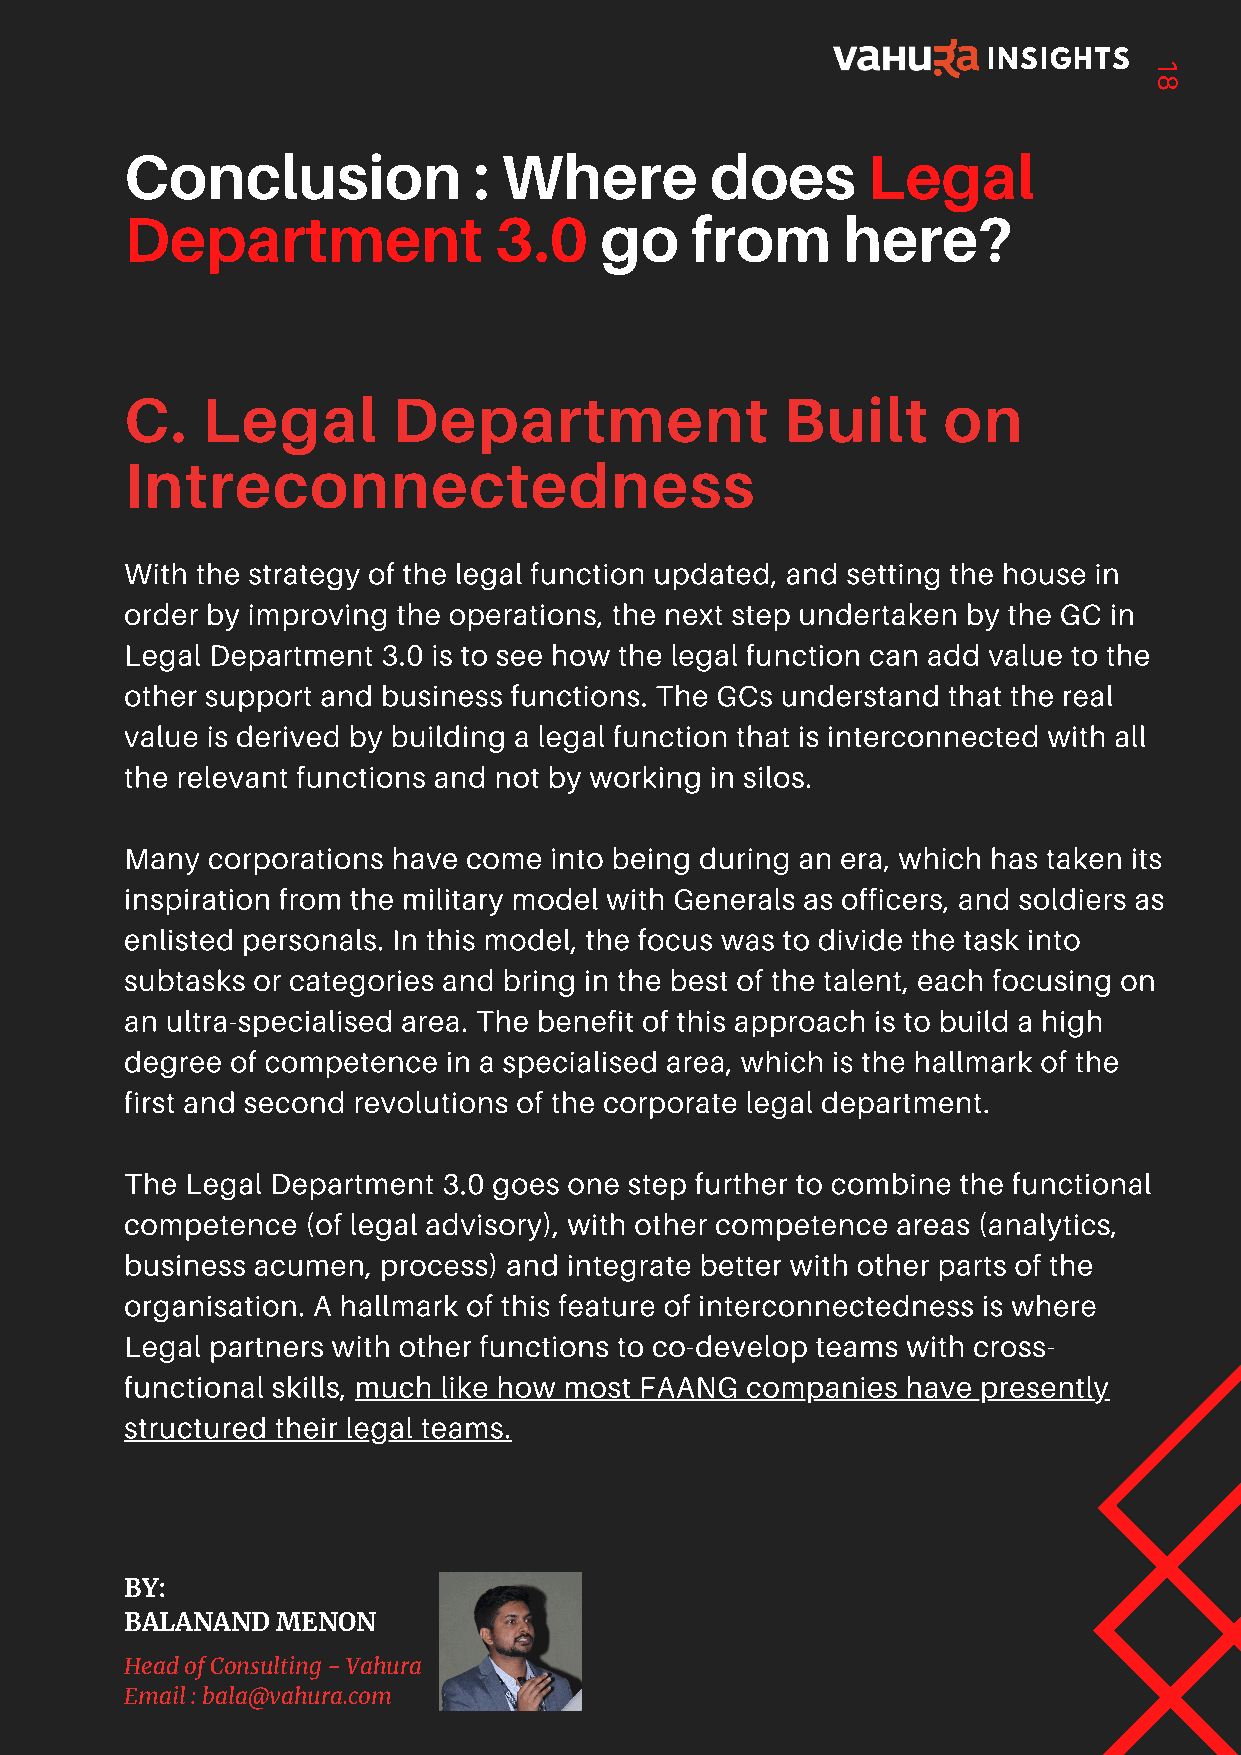
INSIGHTS
 1
 8
 Conclusion             : Where         does      Legal
 Department               3.0    go    from      here?
 C.   Legal        Department                Built     on
 Intreconnectedness
 With the strategy of the legal function updated, and setting the house in
 order by improving the operations, the next step undertaken by the GC in
 Legal Department 3.0 is to see how the legal function can add value to the
 other support and business functions. The GCs understand that the real
 value is derived by building a legal function that is interconnected with all
 the relevant functions and not by working in silos.
 Many  corporations have come into being during an era, which has taken its
 inspiration from the military model with Generals as officers, and soldiers as
 enlisted personals. In this model, the focus was to divide the task into
 subtasks or categories and bring in the best of the talent, each focusing on
 an ultra-specialised area. The benefit of this approach is to build a high
 degree of competence  in a specialised area, which is the hallmark of the
 first and second revolutions of the corporate legal department.
 The Legal Department 3.0 goes one step further to combine the functional
 competence  (of legal advisory), with other competence areas (analytics,
 business acumen, process) and integrate better with other parts of the
 organisation. A hallmark of this feature of interconnectedness is where
 Legal partners with other functions to co-develop teams with cross-
 functional skills, much like how most FAANG companies have presently
 structured their legal teams.
 BY:
 BALANAND  MENON
 Head of Consulting - Vahura
 Email : bala@vahura.com